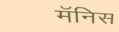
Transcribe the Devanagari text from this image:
मॅनिस